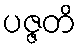
ပဇ္ဇတိ